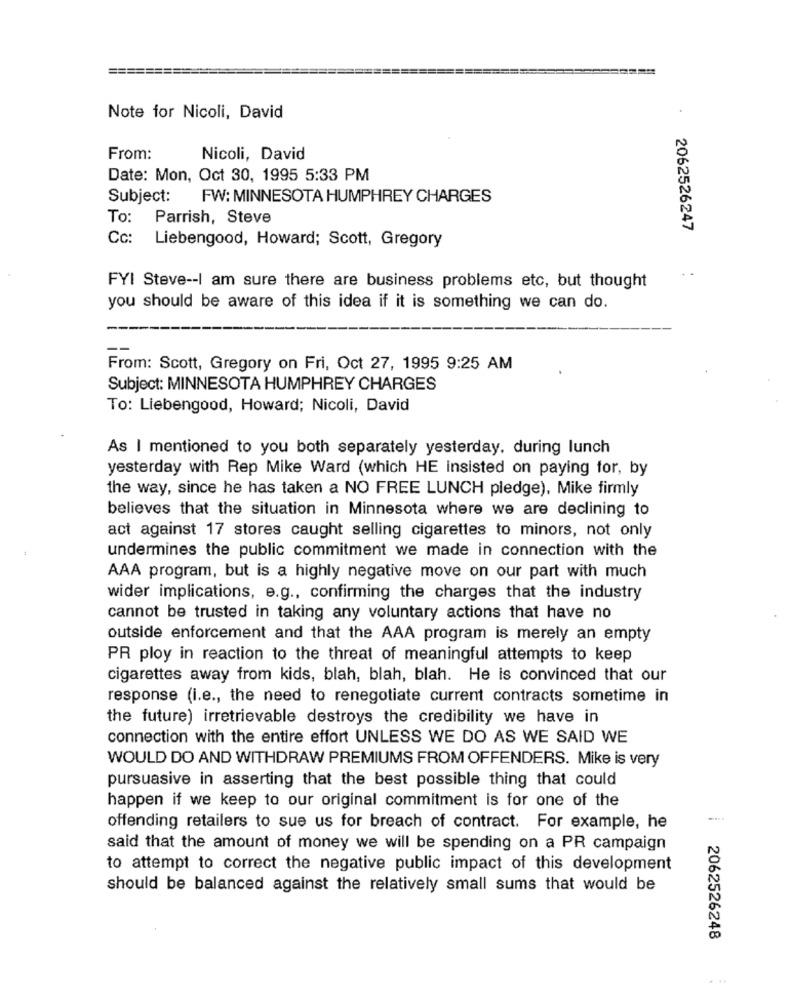
========
Note for Nicoli, David
From:
Nicoli, David
Date: Mon, Oct 30, 1995 5:33 PM
Subject:
FW: MINNESOTA HUMPHREY CHARGES
To: Parrish, Steve
2062526247
Cc:
Liebengood, Howard; Scott, Gregory
.-
FYI Steve -- I am sure there are business problems etc, but thought
you should be aware of this idea if it is something we can do.
From: Scott, Gregory on Fri, Oct 27, 1995 9:25 AM
Subject: MINNESOTA HUMPHREY CHARGES
To: Liebengood, Howard; Nicoli, David
As I mentioned to you both separately yesterday, during lunch
yesterday with Rep Mike Ward (which HE insisted on paying for, by
the way, since he has taken a NO FREE LUNCH pledge), Mike firmly
believes that the situation in Minnesota where we are declining to
act against 17 stores caught selling cigarettes to minors, not only
undermines the public commitment we made in connection with the
AAA program, but is a highly negative move on our part with much
wider implications, e.g ., confirming the charges that the industry
cannot be trusted in taking any voluntary actions that have no
outside enforcement and that the AAA program is merely an empty
PR ploy in reaction to the threat of meaningful attempts to keep
cigarettes away from kids, blah, blah, blah. He is convinced that our
response (i.e ., the need to renegotiate current contracts sometime in
the future) irretrievable destroys the credibility we have in
connection with the entire effort UNLESS WE DO AS WE SAID WE
WOULD DO AND WITHDRAW PREMIUMS FROM OFFENDERS. Mike is very
pursuasive in asserting that the best possible thing that could
happen if we keep to our original commitment is for one of the
offending retailers to sue us for breach of contract. For example, he
said that the amount of money we will be spending on a PR campaign
to attempt to correct the negative public impact of this development
should be balanced against the relatively small sums that would be
2062526248
...